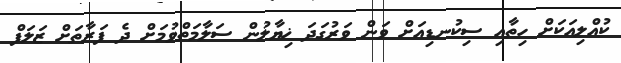
ކުއްލިއަކަށް ހިތާއި ސިކުނޑިއަށް ވަން ވަރުގަދަ ޚިޔާލުން ސަލާމަތްވުމަށް ދެ ފަރާތަށް ޒަލަފް